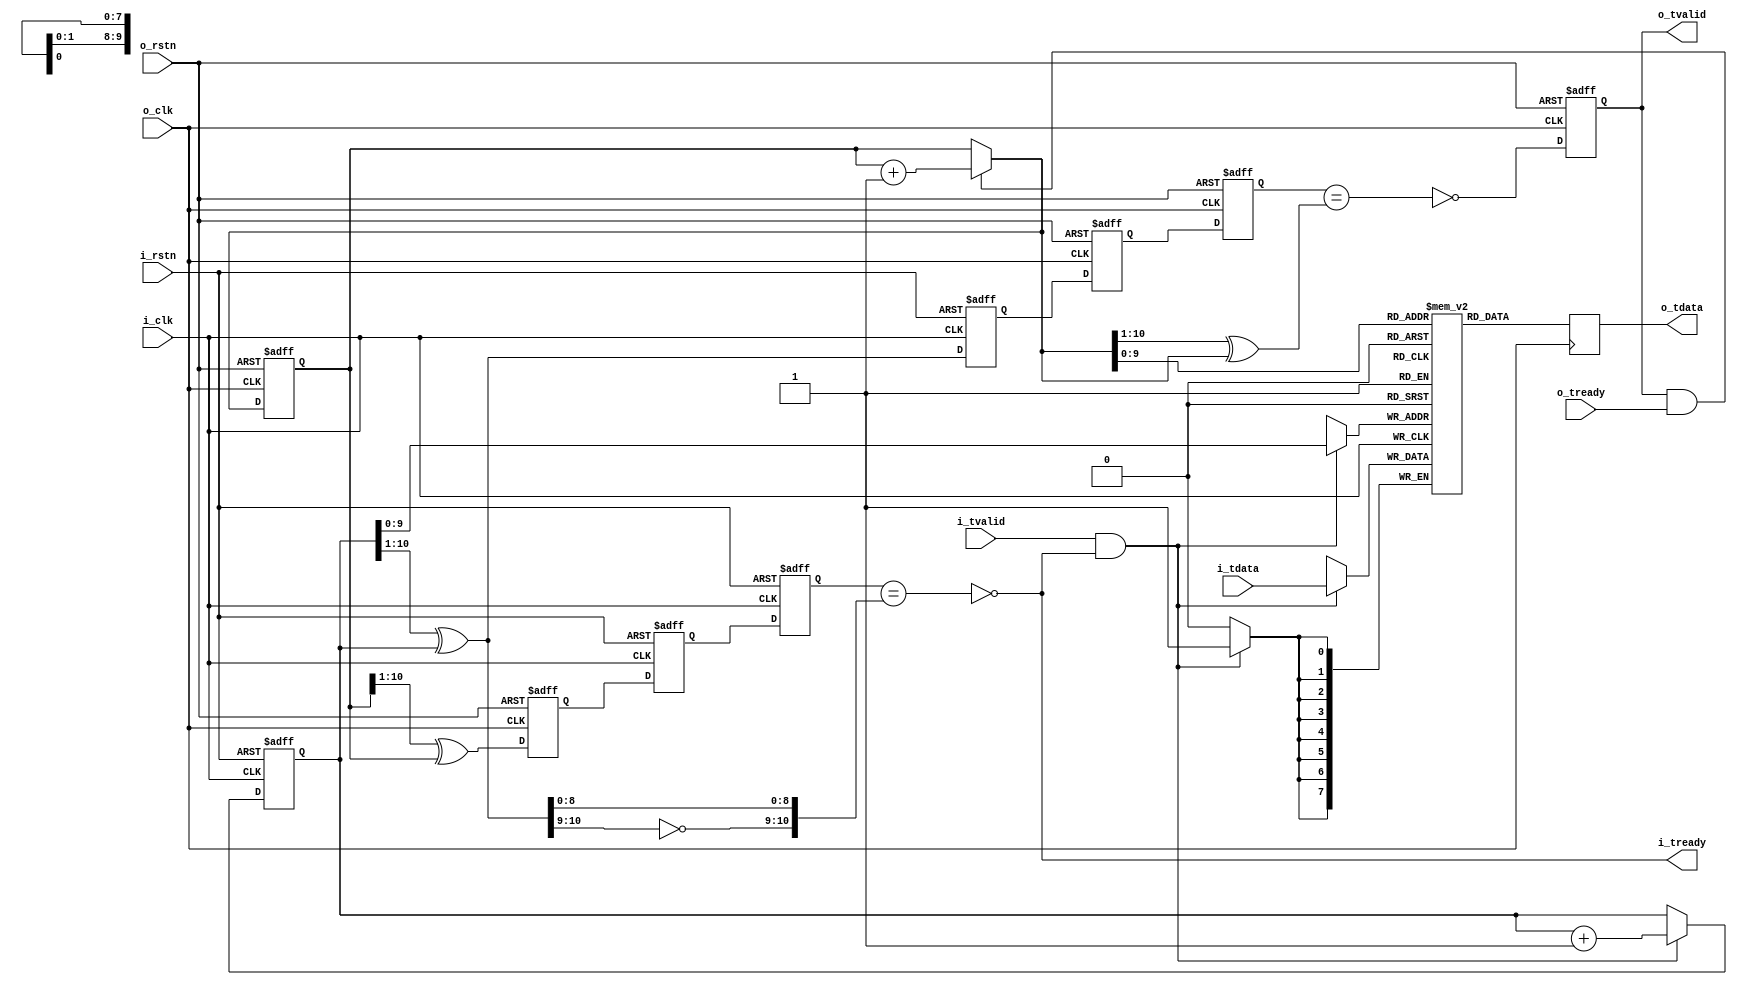

//--------------------------------------------------------------------------------------------------------
// Module  : fifo_async
// Type    : synthesizable, IP's sub-module
// Standard: Verilog 2001 (IEEE1364-2001)
// Function: asynchronous fifo
//--------------------------------------------------------------------------------------------------------

module fifo_async #(
    parameter   DW = 8,
    parameter   EA = 10
)(
    input  wire          i_rstn,
    input  wire          i_clk,
    output wire          i_tready,
    input  wire          i_tvalid,
    input  wire [DW-1:0] i_tdata,
    input  wire          o_rstn,
    input  wire          o_clk,
    input  wire          o_tready,
    output reg           o_tvalid,
    output reg  [DW-1:0] o_tdata
);



reg  [DW-1:0] buffer [(1<<EA)-1:0];  // may automatically synthesize to BRAM

reg  [EA:0] wptr=0, wq_wptr_grey=0, rq1_wptr_grey=0, rq2_wptr_grey=0;
reg  [EA:0] rptr=0, rq_rptr_grey=0, wq1_rptr_grey=0, wq2_rptr_grey=0;
wire [EA:0] rptr_next = (o_tvalid & o_tready) ? (rptr + {{EA{1'b0}}, 1'b1}) : rptr;

wire [EA:0] wptr_grey      = (wptr >> 1)      ^ wptr;
wire [EA:0] rptr_grey      = (rptr >> 1)      ^ rptr;
wire [EA:0] rptr_next_grey = (rptr_next >> 1) ^ rptr_next;

always @ (posedge i_clk or negedge i_rstn)
    if(~i_rstn)
        wq_wptr_grey <= 0;
    else
        wq_wptr_grey <= wptr_grey;

always @ (posedge o_clk or negedge o_rstn)
    if(~o_rstn)
        {rq2_wptr_grey, rq1_wptr_grey} <= 0;
    else
        {rq2_wptr_grey, rq1_wptr_grey} <= {rq1_wptr_grey, wq_wptr_grey};

always @ (posedge o_clk or negedge o_rstn)
    if(~o_rstn)
        rq_rptr_grey <= 0;
    else
        rq_rptr_grey <= rptr_grey;

always @ (posedge i_clk or negedge i_rstn)
    if(~i_rstn)
        {wq2_rptr_grey, wq1_rptr_grey} <= 0;
    else
        {wq2_rptr_grey, wq1_rptr_grey} <= {wq1_rptr_grey, rq_rptr_grey};

wire w_full  = (wq2_rptr_grey == {~wptr_grey[EA:EA-1], wptr_grey[EA-2:0]} );
wire r_empty = (rq2_wptr_grey == rptr_next_grey                           );

assign i_tready = ~w_full;



always @ (posedge i_clk or negedge i_rstn)
    if(~i_rstn) begin
        wptr <= 0;
    end else begin
        if(i_tvalid & ~w_full)
            wptr <= wptr + {{EA{1'b0}}, 1'b1};
    end

always @ (posedge i_clk)
    if(i_tvalid & ~w_full)
        buffer[wptr[EA-1:0]] <= i_tdata;



initial o_tvalid = 1'b0;

always @ (posedge o_clk or negedge o_rstn)
    if (~o_rstn) begin
        rptr    <= 0;
        o_tvalid <= 1'b0;
    end else begin
        rptr    <= rptr_next;
        o_tvalid <= ~r_empty;
    end

always @ (posedge o_clk)
    o_tdata <= buffer[rptr_next[EA-1:0]];


endmodule